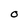
Character: O